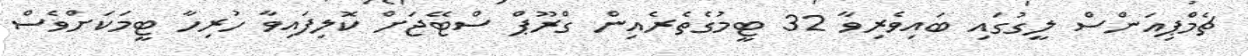
ޗެމްޕިއަންސް ލީގުގައި ބައިވެރިވާ 32 ޓީމުގެތެރެއިން ގްރޫޕް ސްޓޭޖަށް ކޮލިފައިވާ ހުރިހާ ޓީމަކަށްވެސް